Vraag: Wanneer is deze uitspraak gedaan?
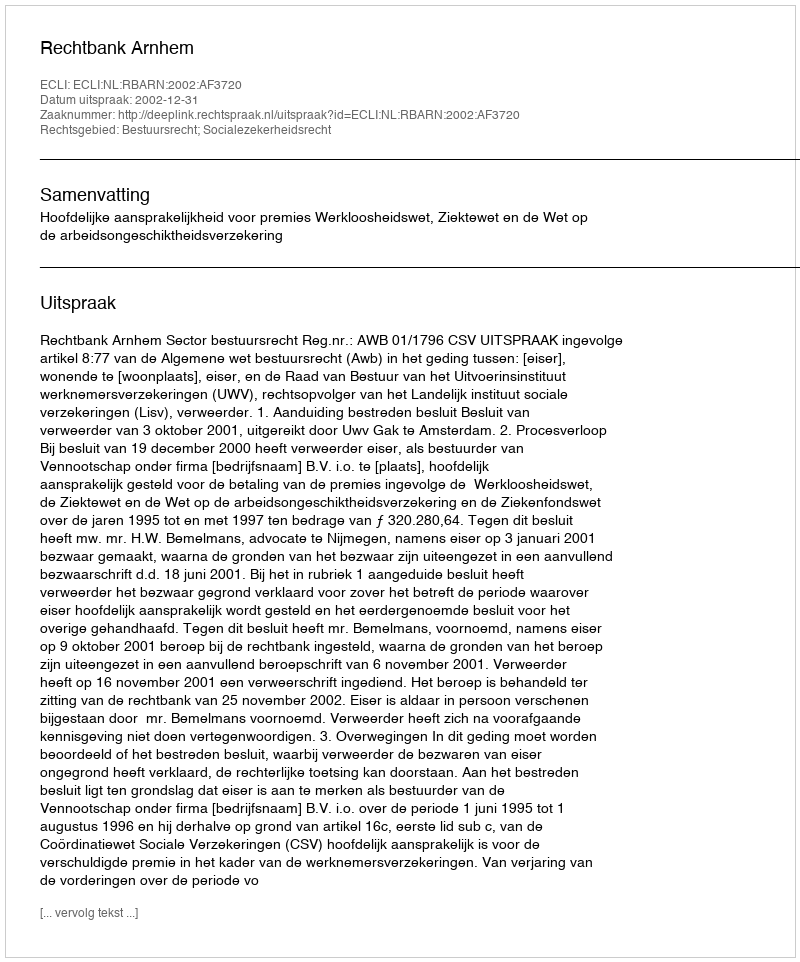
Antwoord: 2002-12-31